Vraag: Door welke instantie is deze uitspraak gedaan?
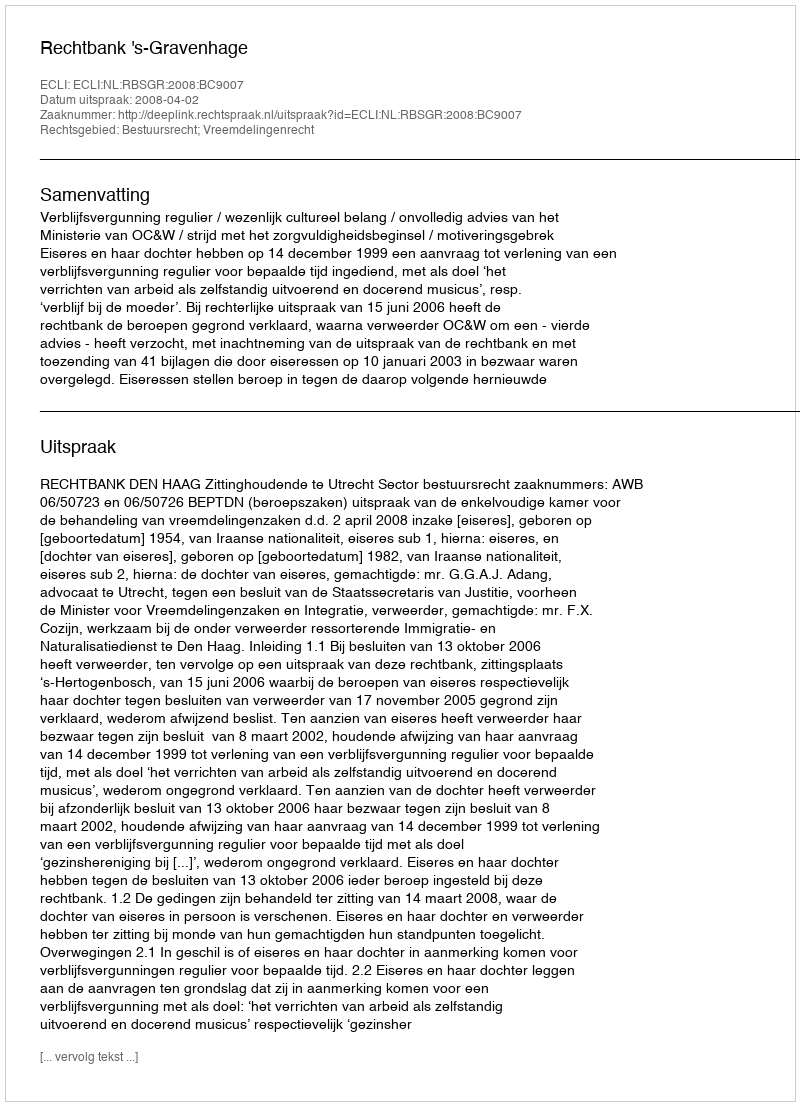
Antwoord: Rechtbank 's-Gravenhage